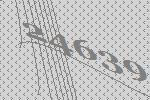
24639